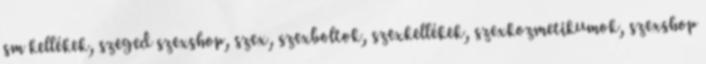
sm kellékek, szeged szexshop, szex, szexboltok, szexkellékek, szexkozmetikumok, szexshop